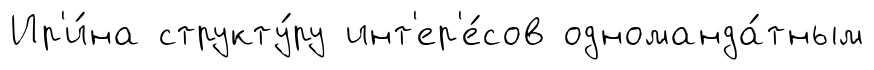
Ир'и́на структу́ру инт'ер'е́сов одноманда́тным